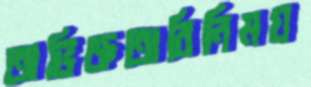
অভিজ্ঞতাবিনিময়